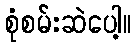
စုံစမ်းဆဲပေါ့။